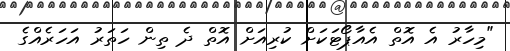
"މިހާރު އެ އޮތް އެއާޕޯޓަކަށް ކުރިއަށް އޮތް ދެ ތިން ހަތަރު އަހަރެއްގެ